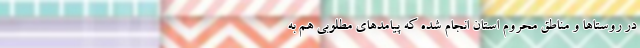
در روستاها و مناطق محروم استان انجام شده که پیامدهای مطلوبی هم به